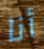
أنا